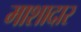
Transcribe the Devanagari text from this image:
माशादार